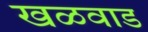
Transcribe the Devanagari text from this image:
खळवाड